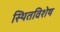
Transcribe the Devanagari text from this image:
स्थितविशेष